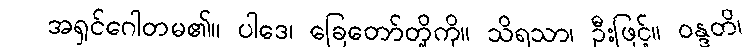
အရှင်ဂေါတမ၏။ ပါဒေ၊ ခြေတော်တို့ကို။ သိရသာ၊ ဦးဖြင့်။ ဝန္ဒတိ၊